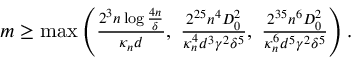
\begin{array} { r } { m \geq \operatorname* { m a x } \left( \frac { 2 ^ { 3 } n \log \frac { 4 n } { \delta } } { \kappa _ { n } { d } } , \; \frac { 2 ^ { 2 5 } n ^ { 4 } D _ { 0 } ^ { 2 } } { \kappa _ { n } ^ { 4 } { d } ^ { 3 } \gamma ^ { 2 } \delta ^ { 5 } } , \; \frac { 2 ^ { 3 5 } n ^ { 6 } D _ { 0 } ^ { 2 } } { \kappa _ { n } ^ { 6 } { d } ^ { 5 } \gamma ^ { 2 } \delta ^ { 5 } } \right) . } \end{array}